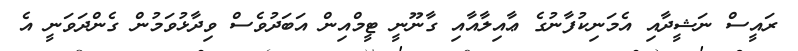
ރައީސް ނަޝީދާއި އެމަނިކުފާނުގެ ޢާއިލާއާއި ގާނޫނީ ޓީމްއިން އަބަދުވެސް ވިދާޅުވަމުން ގެންދަވަނީ އެ